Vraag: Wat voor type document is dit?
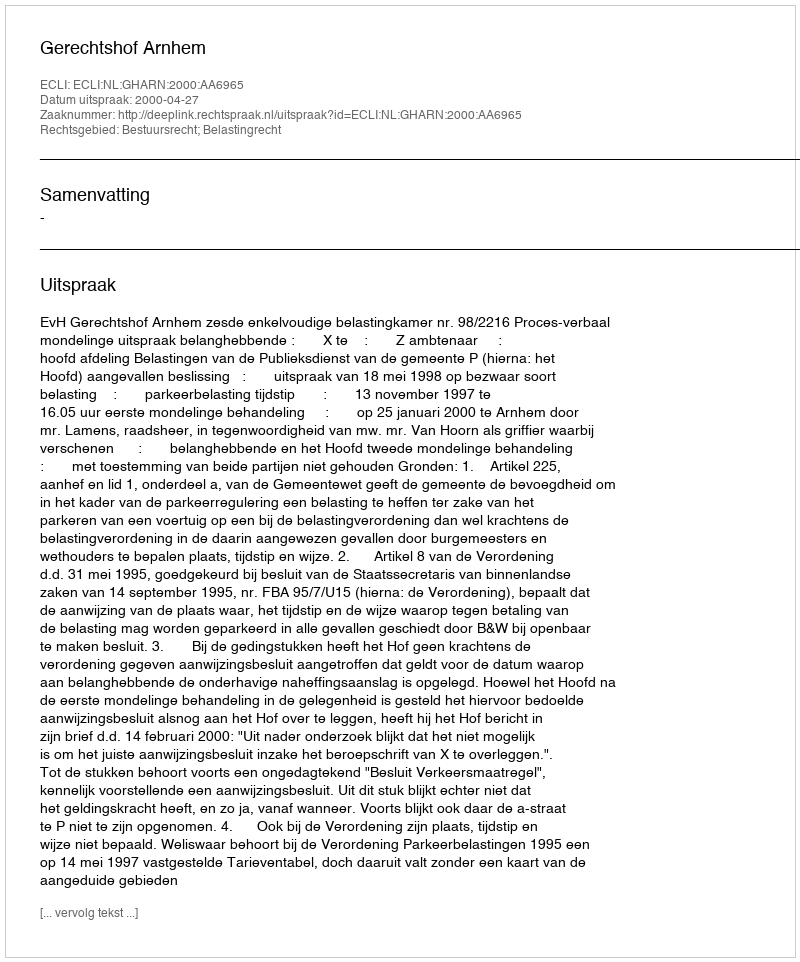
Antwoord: Uitspraak